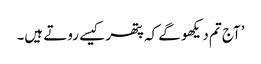
’آج تم دیکھو گے کہ پتھر کیسے روتے ہیں۔